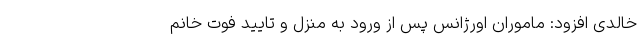
خالدی افزود: ماموران اورژانس پس از ورود به منزل و تایید فوت خانم